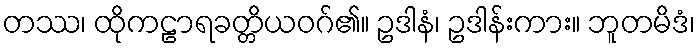
တဿ၊ ထိုကဠာရခတ္တိယဝဂ်၏။ ဥဒါနံ၊ ဥဒါန်းကား။ ဘူတမိဒံ၊